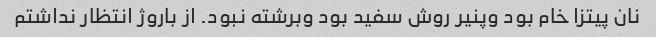
نان پیتزا خام بود وپنیر روش سفید بود وبرشته نبود. از باروژ انتظار نداشتم